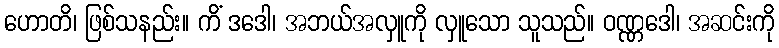
ဟောတိ၊ ဖြစ်သနည်း။ ကိံ ဒဒေါ၊ အဘယ်အလှူကို လှူသော သူသည်။ ဝဏ္ဏဒေါ၊ အဆင်းကို